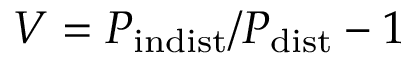
V = P _ { \mathrm { i n d i s t } } / P _ { \mathrm { d i s t } } - 1